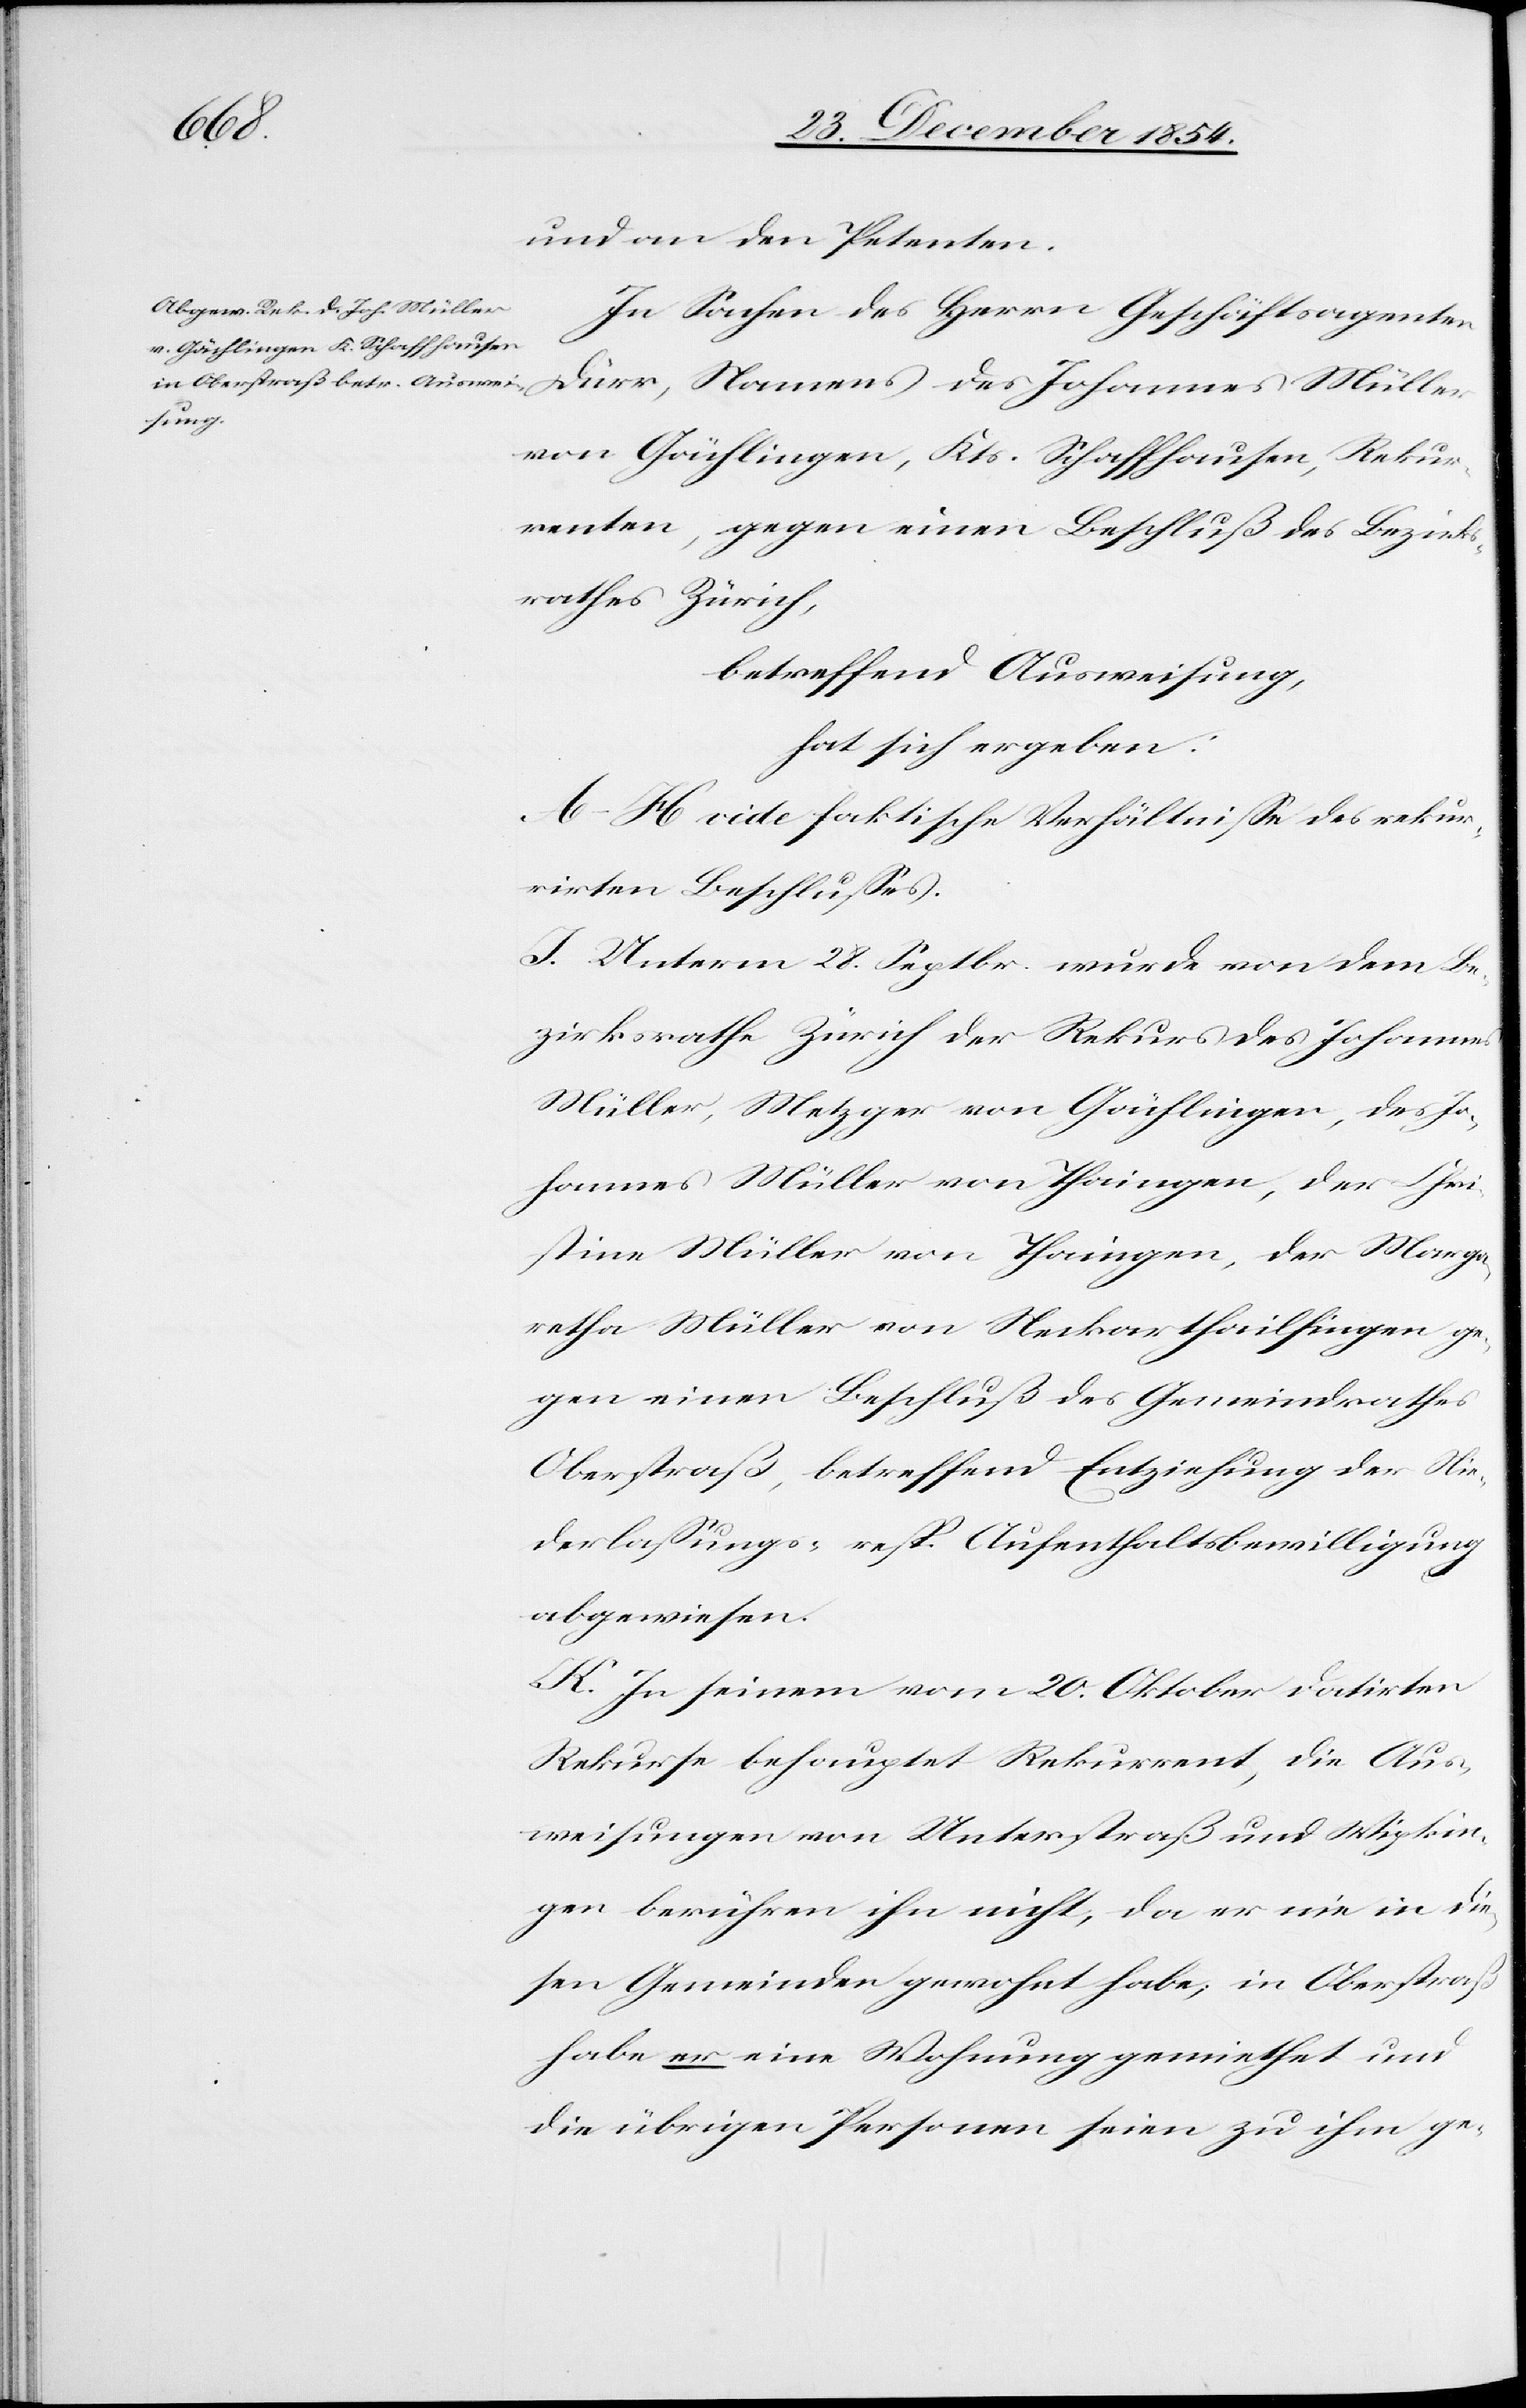
Müller
und an den Petenten.
In Sachen des Herrn Geschäftsagenten
von Gächlingen, Kts. Schaffhausen, Rekur¬
renten, gegen einen Beschluß des Bezirks¬
rathes Zürich,
betreffend Ausweisung,
hat sich ergeben:
A–H vide faktische Verhältniße des rekur¬
rirten Beschlußes.
I. Unterm 28. Septbr. wurde von dem Be¬
zirksrathe Zürich der Rekurs des Johannes
Müller, Metzger von Gächlingen, des Jo¬
hannes Müller von Thaingen, der Chri¬
stine Müller von Thaingen, der Marga¬
retha Müller von Neckarthailfingen ge¬
gen einen Beschluß des Gemeindrathes
Oberstraß, betreffend Entziehung der Nie¬
derlaßungs- resp. Aufenthaltsbewilligung
abgewiesen.
K. In seinem vom 20. Oktober datirten
Rekurse behauptet Rekurrent, die Aus¬
weisungen von Unterstraß und Wipkin¬
gen berühren ihn nicht, da er nie in die¬
sen Gemeinden gewohnt habe, in Oberstraß
habe er eine Wohnung gemiethet und
die übrigen Personen seien zu ihm ge-